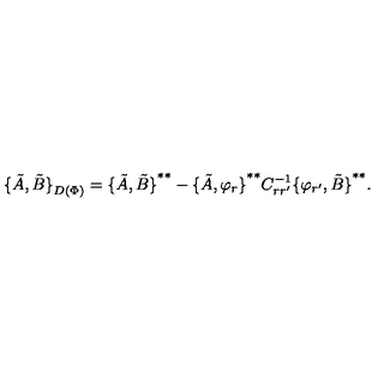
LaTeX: { \{ \tilde { A } , \tilde { B } \} } _ { D ( \Phi ) } = { \{ \tilde { A } , \tilde { B } \} } ^ { * * } - { \{ \tilde { A } , \varphi _ { r } \} } ^ { * * } C _ { r r ^ { \prime } } ^ { - 1 } { \{ \varphi _ { r ^ { \prime } } , \tilde { B } \} } ^ { * * } .